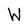
Character: W